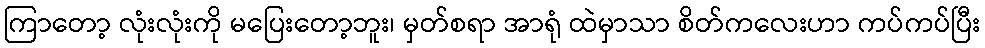
ကြာတော့ လုံးလုံးကို မပြေးတော့ဘူး၊ မှတ်စရာ အာရုံ ထဲမှာသာ စိတ်ကလေးဟာ ကပ်ကပ်ပြီး